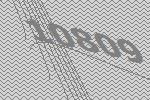
10809